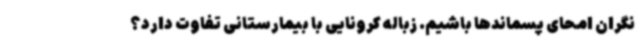
نگران امحای پسماندها باشیم. زباله کرونایی با بیمارستانی تفاوت دارد؟